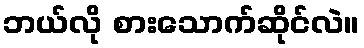
ဘယ်လို စားသောက်ဆိုင်လဲ။